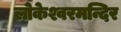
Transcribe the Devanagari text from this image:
लोकेश्वरमन्दिर